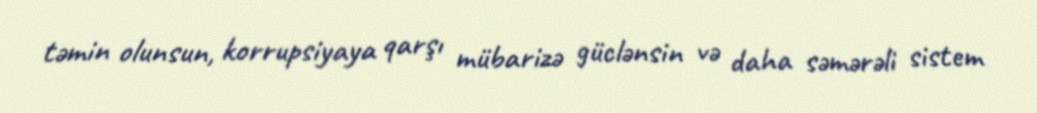
təmin olunsun, korrupsiyaya qarşı mübarizə güclənsin və daha səmərəli sistem